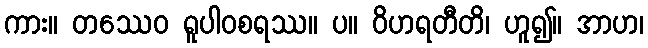
ကား။ တဿေဝ ရူပါဝစရဿ။ ပ။ ဝိဟရတီတိ၊ ဟူ၍။ အာဟ၊